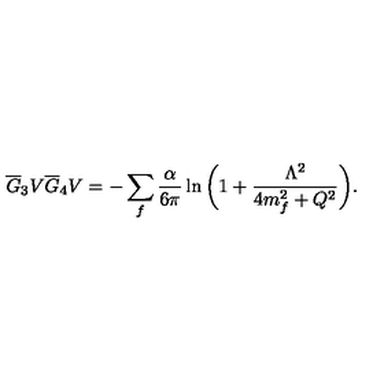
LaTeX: \overline { G } _ { 3 } V \overline { G } _ { 4 } V = - \sum _ { f } { \frac { \alpha } { 6 \pi } } \ln { \bigg ( 1 + { \frac { \Lambda ^ { 2 } } { 4 m _ { f } ^ { 2 } + Q ^ { 2 } } } \bigg ) } .